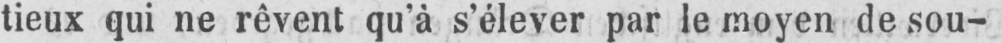
tieux qui ne rêvent qu’à s’élever par le moyen de sou-